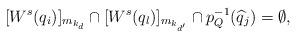
LaTeX: \begin{align*}[W^s(q_i)]_{m_{k_d}} \cap [W^s(q_l)]_{m_{k_{d'}}} \cap p_Q^{-1}(\widehat{q}_j) =\emptyset, \end{align*}